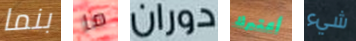
بنما ما دوران أعتبرك شيء